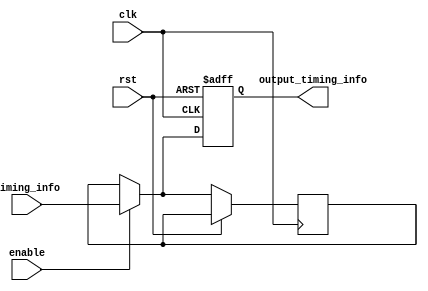
module Fallback_Bypass_Register (
    input wire clk,
    input wire rst,
    input wire enable,
    input wire [7:0] timing_info,
    output reg [7:0] output_timing_info
);

reg [7:0] fallback_timing_info;

always @(posedge clk or posedge rst) begin
    if (rst) begin
        output_timing_info <= 8'b0;
    end else if (enable) begin
        output_timing_info <= timing_info;
        fallback_timing_info <= timing_info;
    end else begin
        output_timing_info <= fallback_timing_info;
    end
end

endmodule